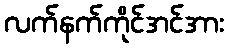
လက်နက်ကိုင်အင်အား